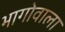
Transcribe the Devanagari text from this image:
भागोवाला